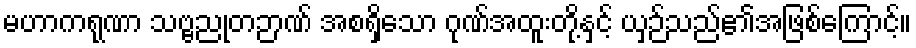
မဟာကရုဏာ သဗ္ဗညုတဉာဏ် အစရှိသော ဂုဏ်အထူးတို့နှင့် ယှဉ်သည်၏အဖြစ်ကြောင့်။